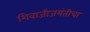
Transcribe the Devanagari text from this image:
शिवाजीजयंतीचा